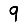
Digit: 9